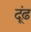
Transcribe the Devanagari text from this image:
दूंढ़